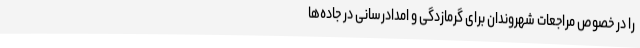
را در خصوص مراجعات شهروندان برای گرمازدگی و امدادرسانی در جاده‌ها